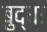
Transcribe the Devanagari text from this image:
बुद्धां